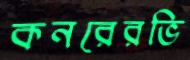
কনরেরভি